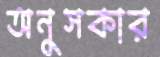
অনুসকার